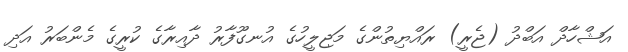
އަޝްހާދް އަބްދު (ޖެރީ) ރައްޔިތުންގެ މަޖިލީހުގެ އުނގޫފާރު ދާއިރާގެ ކުރީގެ މެންބަރު އަދި